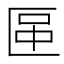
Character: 𠥅